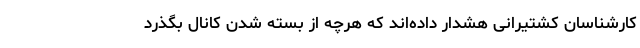
کارشناسان کشتیرانی هشدار داده‌اند که هرچه از بسته شدن کانال بگذرد